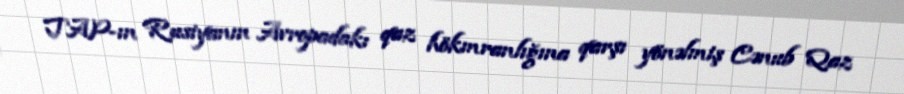
TAP-ın Rusiyanın Avropadakı qaz hökmranlığına qarşı yönəlmiş Cənub Qaz